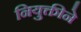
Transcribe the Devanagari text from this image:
नियुक्तीने